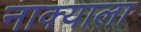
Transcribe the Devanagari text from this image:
नाक्याला